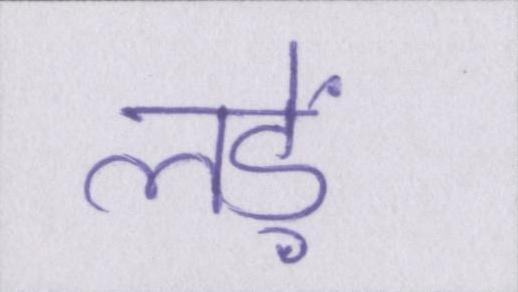
लड़ें